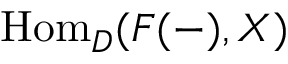
{ \mathrm { H o m } } _ { D } ( F ( - ) , X )